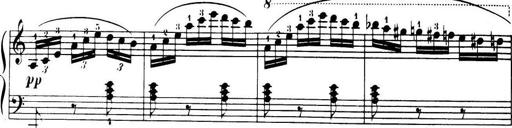
Title: 32 Sonatinas and Rondos for the Piano
Composer: Richard Kleinmichel